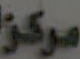
مركز